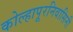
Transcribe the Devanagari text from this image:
कोल्हापूरनिवासिनी